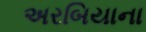
અરબિયાના